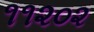
૧૧૨૦૨